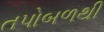
તપોબળથી